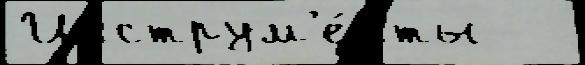
Инструм'е́нты